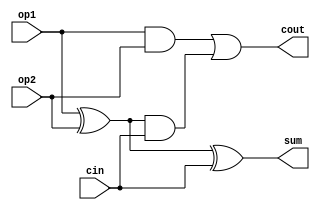
`ifndef ADDER_FULL_1BIT_V
`define ADDER_FULL_1BIT_V

module AdderFL1bit(
    input  wire op1,
    input  wire op2,
    input  wire cin,
    output wire sum,
    output wire cout
);

    assign sum  = op1 ^ op2 ^ cin;
    assign cout = (op1 & op2) | ((op1 ^ op2) & cin);

endmodule

`endif